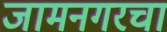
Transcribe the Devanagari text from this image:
जामनगरचा